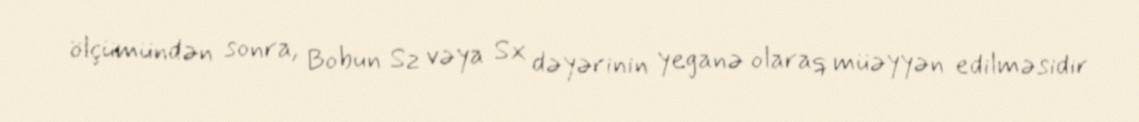
ölçümündən sonra, Bobun Sz vəya Sx dəyərinin yeganə olaraq müəyyən edilməsidir